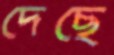
দেছে